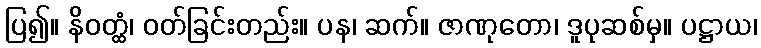
ပြ၍။ နိဝတ္ထံ၊ ဝတ်ခြင်းတည်း။ ပန၊ ဆက်။ ဇာဏုတော၊ ဒူပုဆစ်မှ။ ပဋ္ဌာယ၊